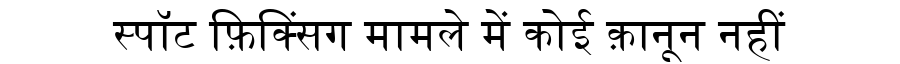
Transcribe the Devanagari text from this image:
स्पॉट फ़िक्सिंग मामले में कोई क़ानून नहीं